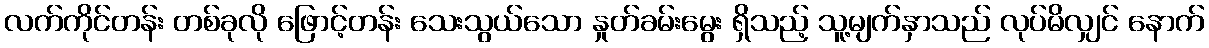
လက်ကိုင်တန်း တစ်ခုလို ဖြောင့်တန်း သေးသွယ်သော နှုတ်ခမ်းမွေး ရှိသည့် သူ့မျက်နှာသည် လုပ်မိလျှင် နောက်